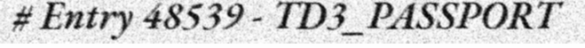
# Entry 48539 - TD3_PASSPORT